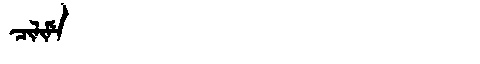
Manchu: ᠴᡳᠯᡳᠮᡝ
Romanization: CILIME